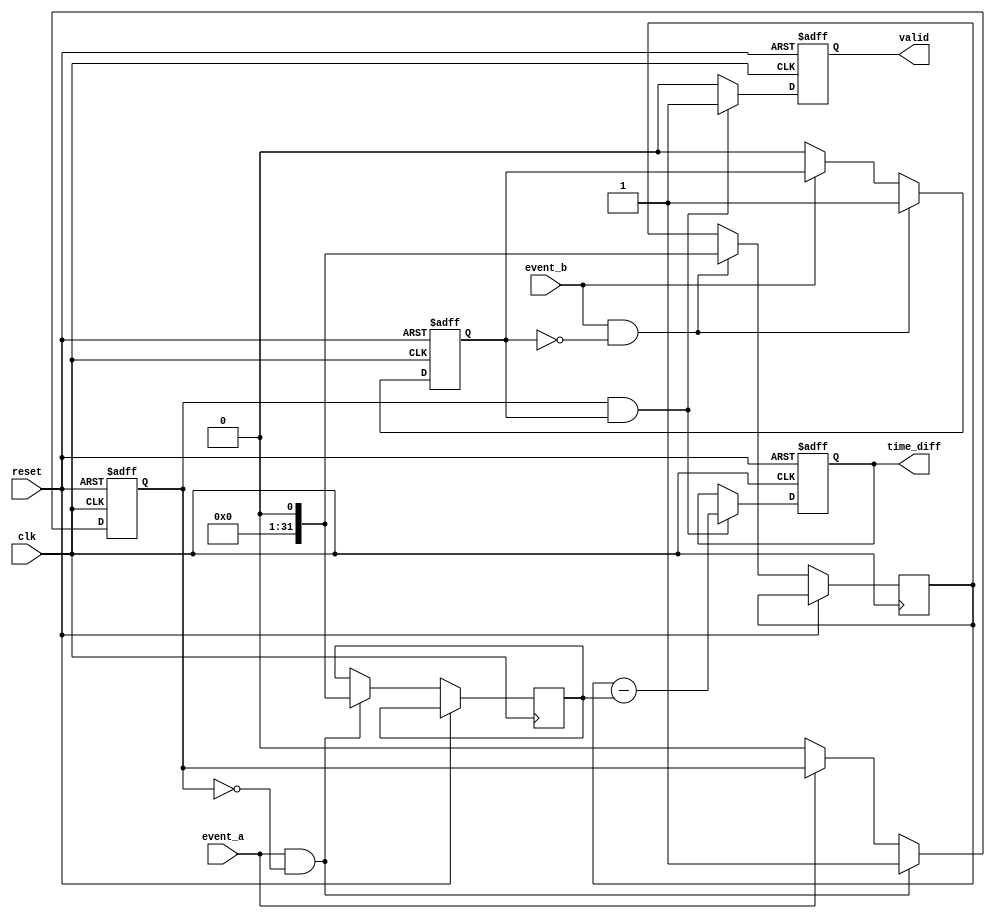
module memory_blocks_single_shot_tdc (
    input wire clk,                // Clock signal
    input wire reset,              // Reset signal
    input wire event_a,            // Input event A
    input wire event_b,            // Input event B
    output reg [31:0] time_diff,   // Time difference output
    output reg valid               // Indicates valid time difference
);

// Internal signals
reg [31:0] event_a_time;         // Timestamp for event A
reg [31:0] event_b_time;         // Timestamp for event B
reg event_a_detected;            // Flag for Event A detection
reg event_b_detected;            // Flag for Event B detection

// Rising edge detection for event A and B
always @(posedge clk or posedge reset) begin
    if (reset) begin
        event_a_detected <= 1'b0;
        event_b_detected <= 1'b0;
    end else begin
        if (event_a && !event_a_detected) begin
            event_a_time <= $time; // Capture the current clock count
            event_a_detected <= 1'b1; // Set flag for event A
        end else if (!event_a) begin
            event_a_detected <= 1'b0; // Reset flag if event A is not active
        end

        if (event_b && !event_b_detected) begin
            event_b_time <= $time; // Capture the current clock count
            event_b_detected <= 1'b1; // Set flag for event B
        end else if (!event_b) begin
            event_b_detected <= 1'b0; // Reset flag if event B is not active
        end
    end
end

// Time difference calculation and output
always @(posedge clk or posedge reset) begin
    if (reset) begin
        time_diff <= 32'd0;       // Clear time difference on reset
        valid <= 1'b0;            // Invalidate output on reset
    end else if (event_a_detected && event_b_detected) begin
        time_diff <= event_b_time - event_a_time; // Calculate time difference
        valid <= 1'b1;            // Indicate that time difference is valid
    end else begin
        valid <= 1'b0;            // Invalidate if events not both detected
    end
end

endmodule